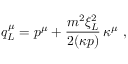
q _ { L } ^ { \mu } = p ^ { \mu } + \frac { m ^ { 2 } \xi _ { L } ^ { 2 } } { 2 ( \kappa p ) } \, \kappa ^ { \mu } \ ,